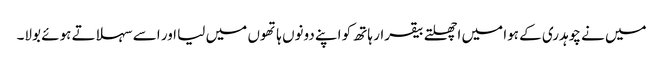
میں نے چوہدری کے ہوا میں اچھلتے بیقرار ہاتھ کو اپنے دونوں ہاتھوں میں لیا اور اسے سہلاتے ہوئے بولا۔